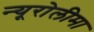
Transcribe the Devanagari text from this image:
न्यूरोलीमा